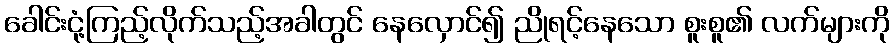
ခေါင်းငုံ့ကြည့်လိုက်သည့်အခါတွင် နေလှောင်၍ ညိုရင့်နေသော စူးစူ၏ လက်များကို